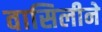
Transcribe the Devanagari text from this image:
वासिलीने